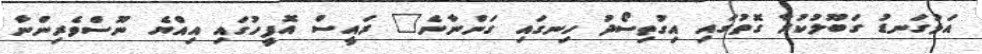
އަޅުގަނޑު ގަބޫލުކުރާ ގޮތުގައި އިގުތިސޯދު ހިނގައި ގަންނާނެ" ރައީސް އޮފީހުގައި އިއްޔެ ނޫސްވެރިންނާ